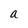
Character: a